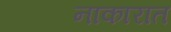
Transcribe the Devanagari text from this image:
नाकारात